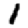
Digit: 1